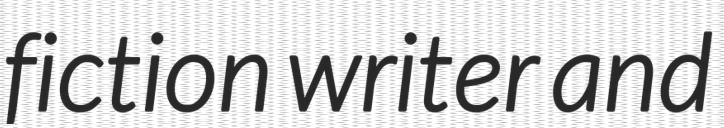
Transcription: fiction writer and